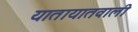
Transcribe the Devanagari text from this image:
यातायातवाली